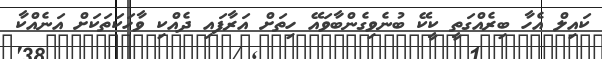
ކައިލް އެހާ ބިރެއްގަތީ ކީކޭ ބުނެވިގެންބާވައޭ ހިތަށް އަރާފައި ދެއްކި ވާހަކަތަކަށް އަނެއްކާ